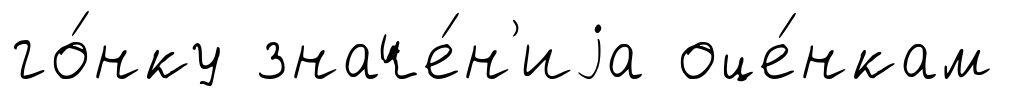
го́нку значе́н'иjа оце́нкам